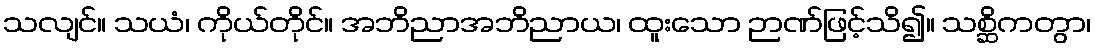
သလျင်။ သယံ၊ ကိုယ်တိုင်။ အဘိညာအဘိညာယ၊ ထူးသော ဉာဏ်ဖြင့်သိ၍။ သစ္ဆိကတွာ၊